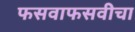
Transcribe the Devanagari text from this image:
फसवाफसवीचा